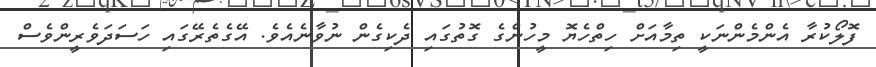
ފޮލޯކުރާ އެންމެންނަކީ ތިމާއަށް ހިތްހެޔޮ މީހުންގެ ގޮތުގައި ދެކިގެން ނުވާނެއެވެ. އޭގެތެރޭގައި ހަސަދަވެރީންވެސް